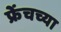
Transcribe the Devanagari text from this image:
फ्रेंचच्या